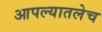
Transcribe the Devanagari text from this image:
आपल्यातलेच